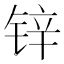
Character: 锌